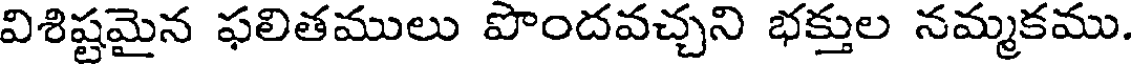
విశిష్టమైన ఫలితములు పొందవచ్చని భక్తుల నమ్మకము.